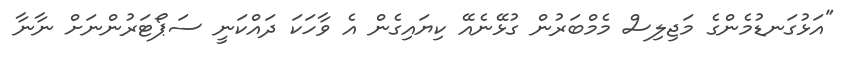
"އަޅުގަނޑުމެންގެ މަޖިލިސް މެމްބަރުން ގުޅޭނެއޭ ކިޔައިގެން އެ ވާހަކަ ދައްކަނީ ސަޕޯޓަރުންނަށް ނާނާ